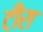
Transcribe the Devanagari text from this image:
टीरा